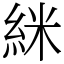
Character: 䋛